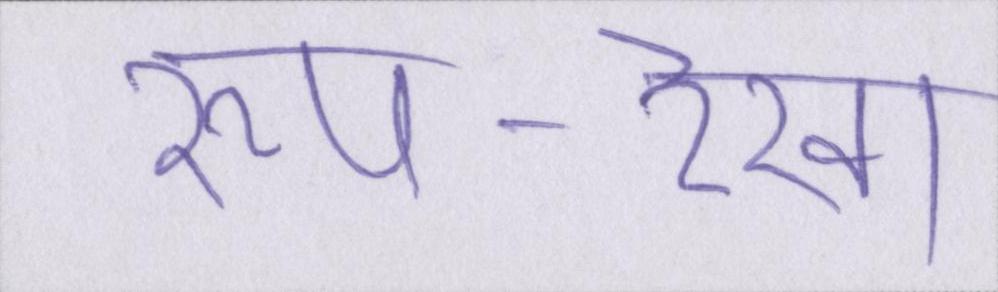
रूप-रेखा